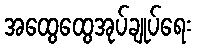
အထွေထွေအုပ်ချုပ်ရေး